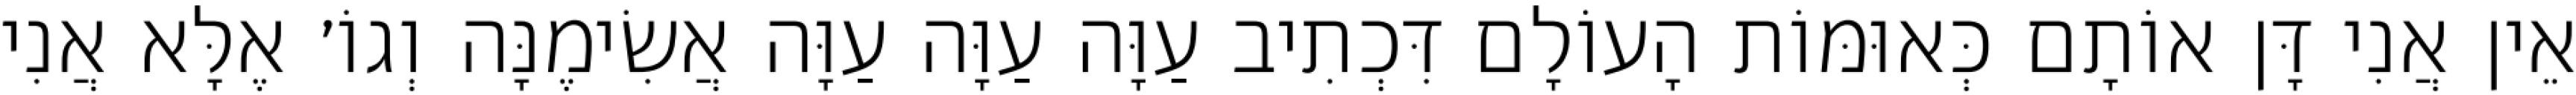
אֵין אֲנִי דָּן אוֹתָם כְּאוּמּוֹת הָעוֹלָם דִּכְתִיב עַוָּה עַוָּה עַוָּה אֲשִׂימֶנָּה וְגוֹ׳ אֶלָּא אֲנִי